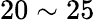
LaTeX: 20\sim 25